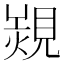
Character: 𧡠